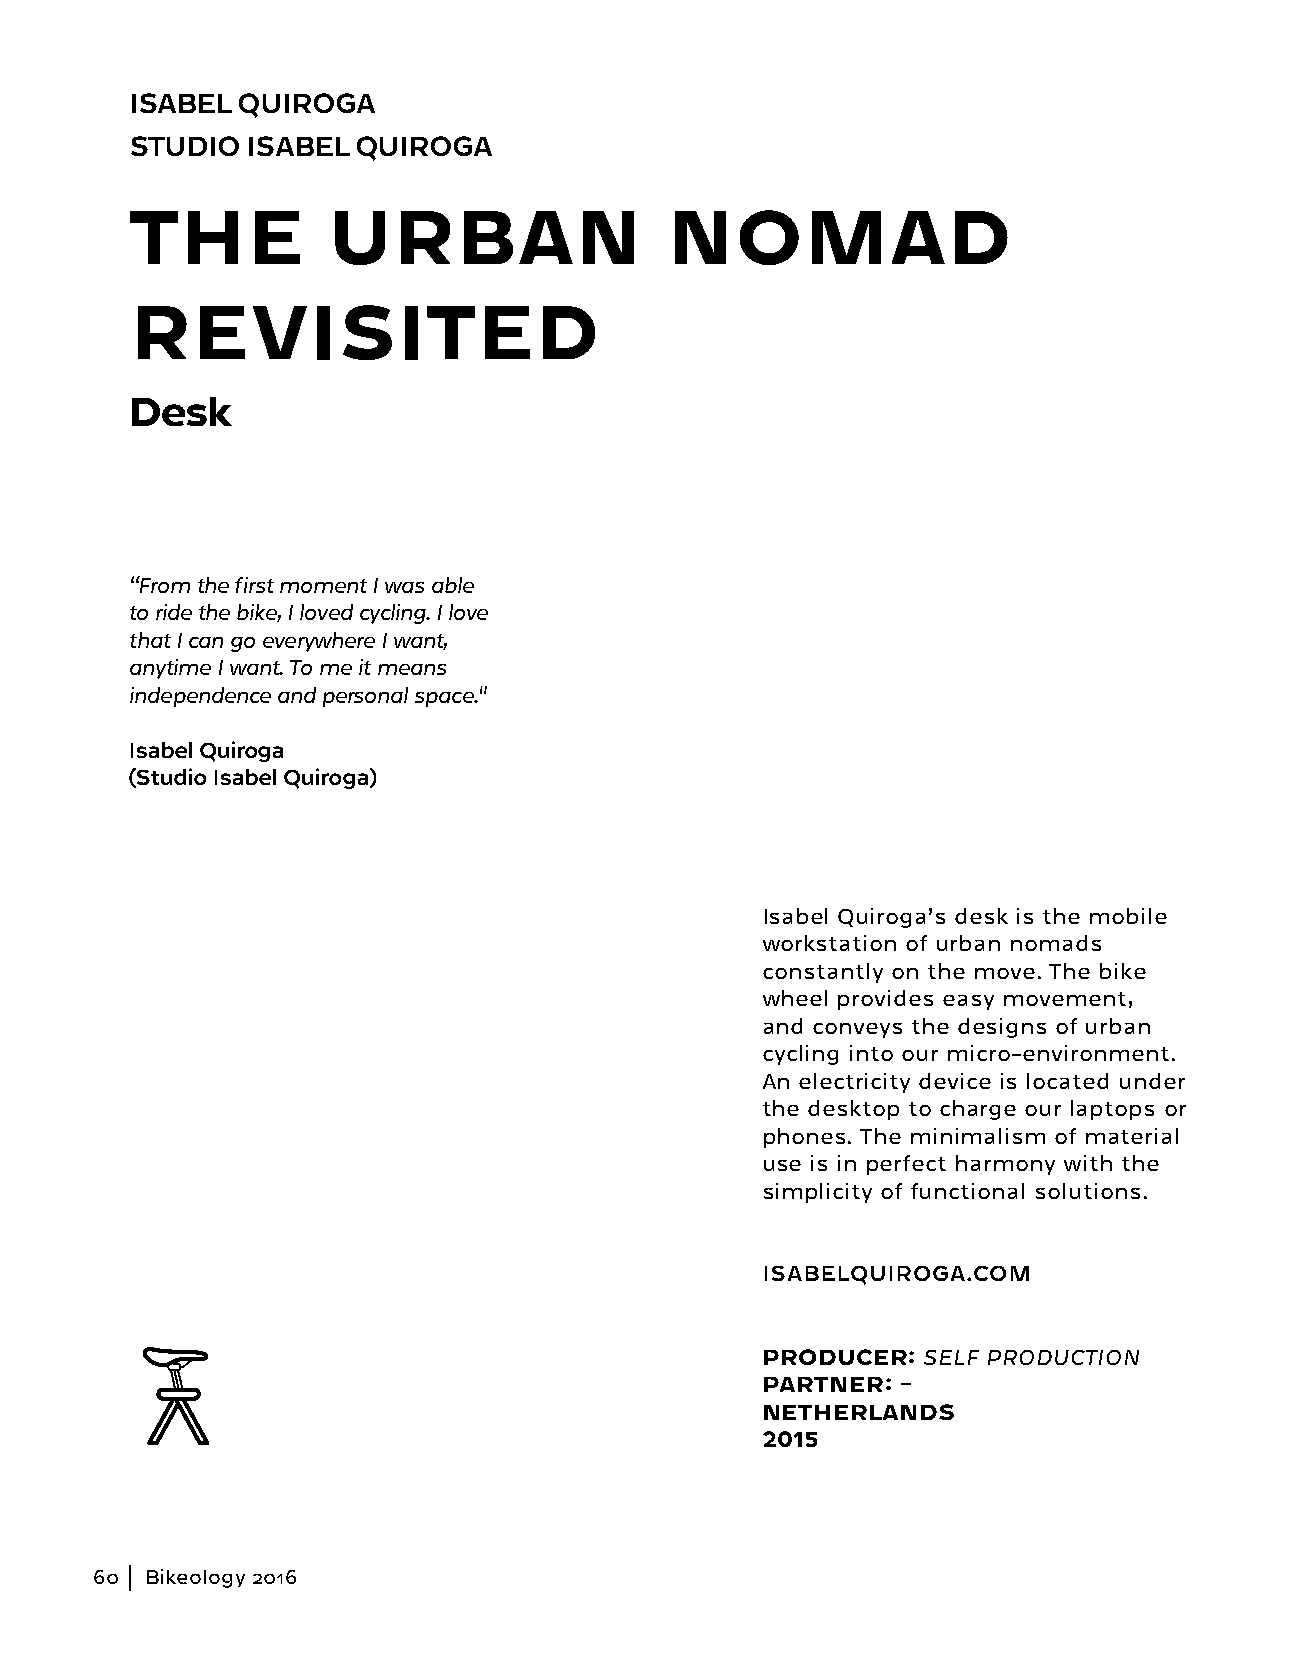
ISABEL QUIROGA
 STUDIO ISABEL  QUIROGA
 THE          URBAN                 NOMAD
 REVISITED
 Desk
 “From the first moment I was able
 to ride the bike, I loved cycling. I love
 that I can go everywhere I want,
 anytime I want. To me it means
 independence and personal space."
 Isabel Quiroga
 (Studio Isabel Quiroga)
 Isabel Quiroga’s desk is the mobile
 workstation of urban nomads
 constantly on the move. The bike
 wheel provides easy movement,
 and conveys the designs of urban
 cycling into our micro-environment.
 An electricity device is located under
 the desktop to charge our laptops or
 phones. The minimalism of material
 use is in perfect harmony with the
 simplicity of functional solutions.
 ISABELQUIROGA.COM
 PRODUCER:  SELF PRODUCTION
 PARTNER: –
 NETHERLANDS
 2015
 60  Bikeology 2016